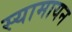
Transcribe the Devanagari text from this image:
स्यामायन